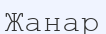
Жанар